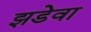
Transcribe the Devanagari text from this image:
झडेवा